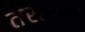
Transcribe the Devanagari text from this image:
तरसना